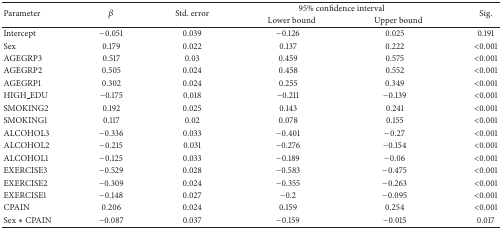
<table><thead><tr><td rowspan="2"><b>Parameter</b></td><td rowspan="2"><b>β</b></td><td rowspan="2"><b>Std. error</b></td><td colspan="2"><b>95% confidence interval</b></td><td rowspan="2"><b>Sig.</b></td></tr><tr><td><b> Lower bound</b></td><td><b> Upper bound</b></td></tr></thead><tbody><tr><td>Intercept</td><td>−0.051</td><td>0.039</td><td>−0.126</td><td>0.025</td><td>0.191</td></tr><tr><td>Sex</td><td>0.179</td><td>0.022</td><td>0.137</td><td>0.222</td><td>&lt;0.001</td></tr><tr><td>AGEGRP3</td><td>0.517</td><td>0.03</td><td>0.459</td><td>0.575</td><td>&lt;0.001</td></tr><tr><td>AGEGRP2</td><td>0.505</td><td>0.024</td><td>0.458</td><td>0.552</td><td>&lt;0.001</td></tr><tr><td>AGEGRP1</td><td>0.302</td><td>0.024</td><td>0.255</td><td>0.349</td><td>&lt;0.001</td></tr><tr><td>HIGH_EDU</td><td>−0.175</td><td>0.018</td><td>−0.211</td><td>−0.139</td><td>&lt;0.001</td></tr><tr><td>SMOKING2</td><td>0.192</td><td>0.025</td><td>0.143</td><td>0.241</td><td>&lt;0.001</td></tr><tr><td>SMOKING1</td><td>0.117</td><td>0.02</td><td>0.078</td><td>0.155</td><td>&lt;0.001</td></tr><tr><td>ALCOHOL3</td><td>−0.336</td><td>0.033</td><td>−0.401</td><td>−0.27</td><td>&lt;0.001</td></tr><tr><td>ALCOHOL2</td><td>−0.215</td><td>0.031</td><td>−0.276</td><td>−0.154</td><td>&lt;0.001</td></tr><tr><td>ALCOHOL1</td><td>−0.125</td><td>0.033</td><td>−0.189</td><td>−0.06</td><td>&lt;0.001</td></tr><tr><td>EXERCISE3</td><td>−0.529</td><td>0.028</td><td>−0.583</td><td>−0.475</td><td>&lt;0.001</td></tr><tr><td>EXERCISE2</td><td>−0.309</td><td>0.024</td><td>−0.355</td><td>−0.263</td><td>&lt;0.001</td></tr><tr><td>EXERCISE1</td><td>−0.148</td><td>0.027</td><td>−0.2</td><td>−0.095</td><td>&lt;0.001</td></tr><tr><td>CPAIN</td><td>0.206</td><td>0.024</td><td>0.159</td><td>0.254</td><td>&lt;0.001</td></tr><tr><td>Sex <i>∗</i> CPAIN</td><td>−0.087</td><td>0.037</td><td>−0.159</td><td>−0.015</td><td>0.017</td></tr></tbody></table>